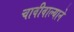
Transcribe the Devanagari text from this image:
चावीवाल्याने